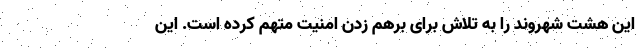
این هشت شهروند را به تلاش برای برهم زدن امنیت متهم کرده است. این